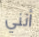
أنني